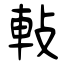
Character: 軙